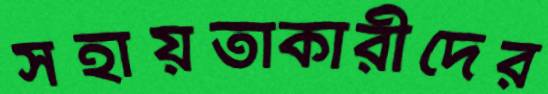
সহায়তাকারীদের